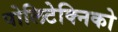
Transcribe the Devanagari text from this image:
पोलिटेक्निको